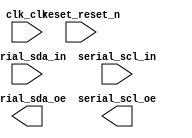

module mcu_system (
	clk_clk,
	reset_reset_n,
	serial_sda_in,
	serial_scl_in,
	serial_sda_oe,
	serial_scl_oe);	

	input		clk_clk;
	input		reset_reset_n;
	input		serial_sda_in;
	input		serial_scl_in;
	output		serial_sda_oe;
	output		serial_scl_oe;
endmodule